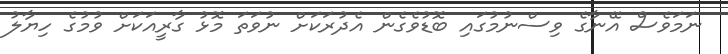
ނަމަވެސް އޭނާގެ ވިސްނުމުގައި ބޮޑުވެގެން އެދުރަކަށް ނުވަތަ މޮޅު ގާރީއަކަށް ވުމުގެ ހިޔާލު